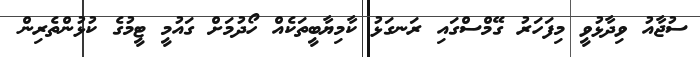
ސުޖާއު ވިދާޅުވީ މިފަހަރު ގޭމްސްގައި ރަނގަޅު ކާމިޔާބީތަކެއް ހޯދުމަށް ގައުމީ ޓީމުގެ ކުޅުންތެރިން